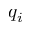
q _ { i }